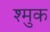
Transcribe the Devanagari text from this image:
श्मुक